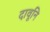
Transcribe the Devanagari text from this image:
दावूनि